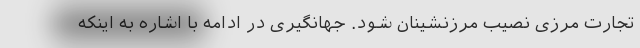
تجارت مرزی نصیب مرزنشینان شود. جهانگیری در ادامه با اشاره به اینکه